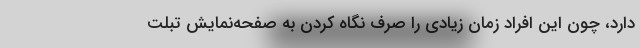
دارد، چون این افراد زمان زیادی را صرف نگاه کردن به صفحه‌نمایش تبلت